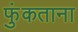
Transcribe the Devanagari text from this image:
फुंकताना